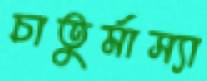
চাতুর্মাস্যা